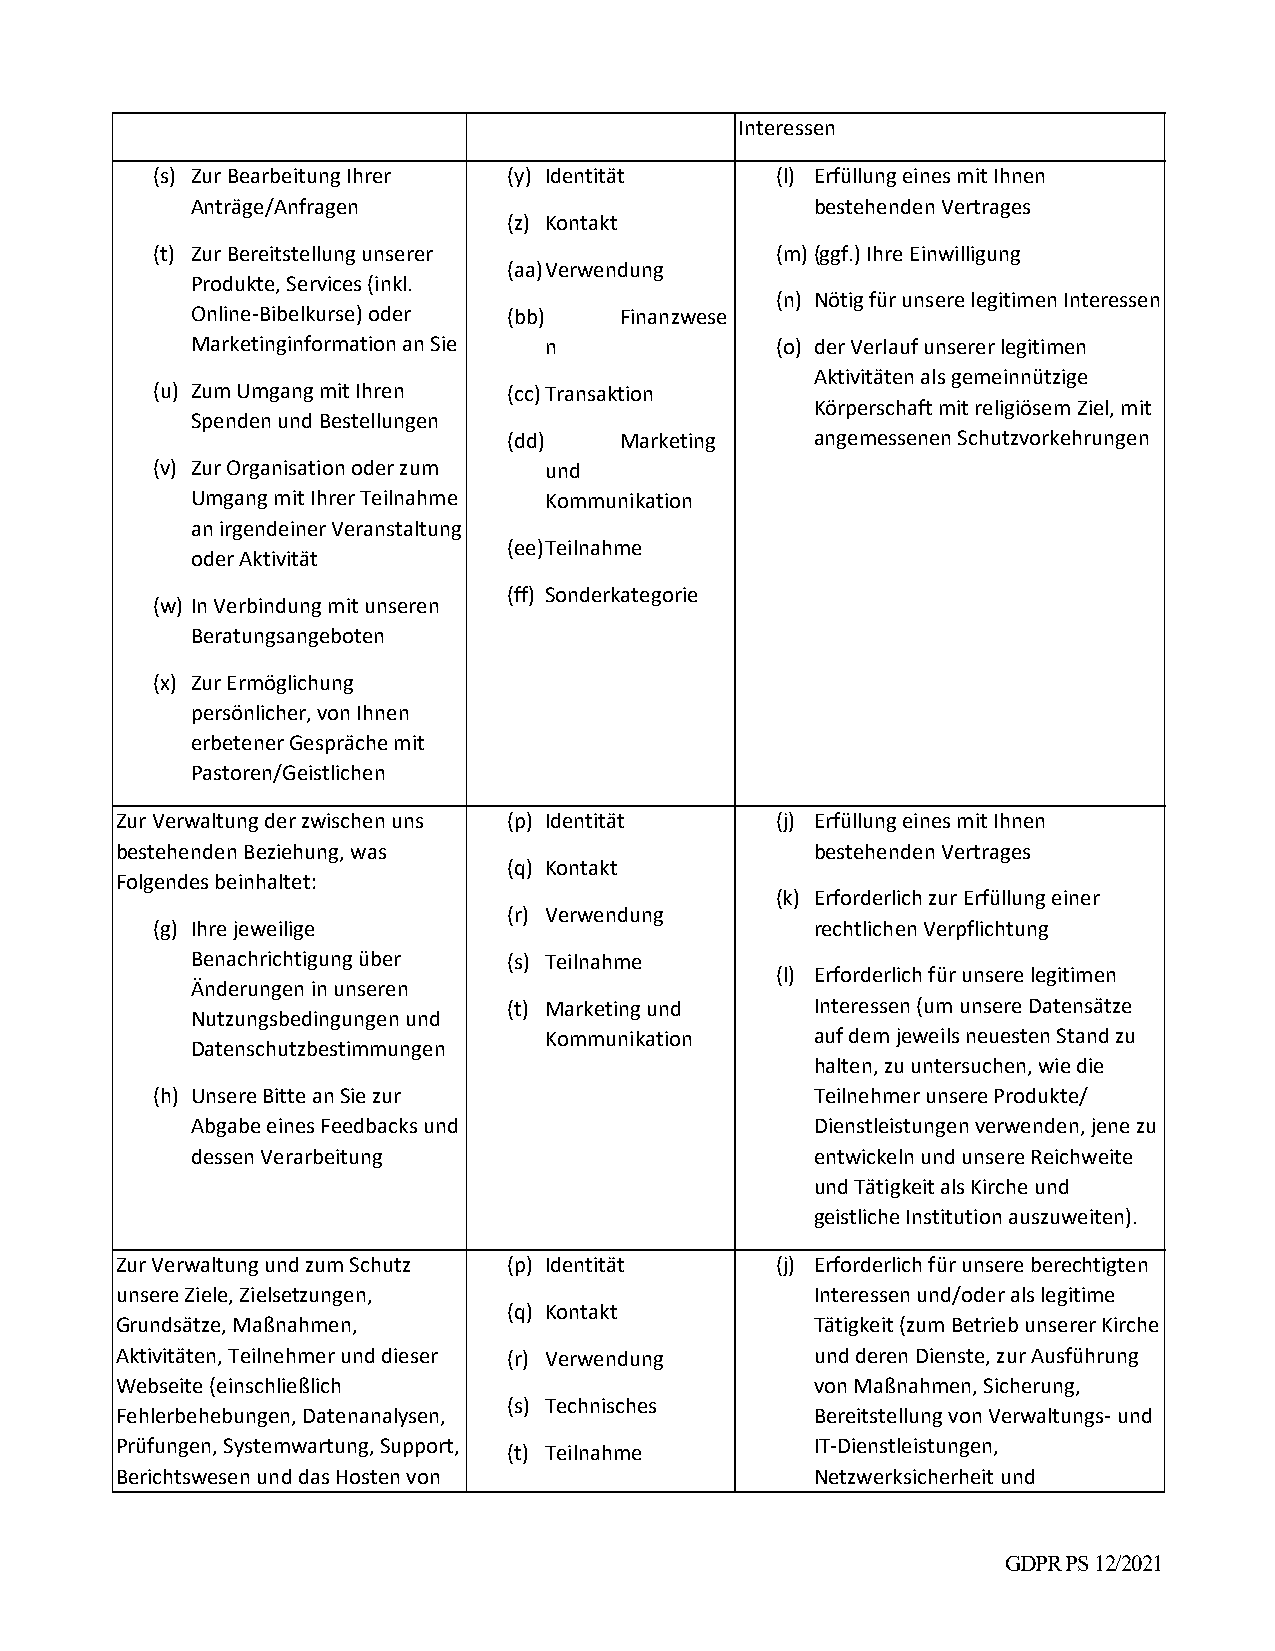
Interessen
 (s) Zur Bearbeitung Ihrer (y) Identität  (l) Erfüllung eines mit Ihnen
 Anträge/Anfragen                         bestehenden Vertrages
 (z) Kontakt
 (t) Zur Bereitstellung unserer           (m) (ggf.) Ihre Einwilligung
 (aa) Verwendung
 Produkte, Services (inkl.
 (n) Nötig für unsere legitimen Interessen
 Online‐Bibelkurse) oder (bb) Finanzwese
 Marketinginformation an Sie n         (o) der Verlauf unserer legitimen
 Aktivitäten als gemeinnützige
 (u) Zum Umgang mit Ihren (cc) Transaktion
 Körperschaft mit religiösem Ziel, mit
 Spenden und Bestellungen
 (dd)   Marketing    angemessenen Schutzvorkehrungen
 (v) Zur Organisation oder zum und
 Umgang mit Ihrer Teilnahme Kommunikation
 an irgendeiner Veranstaltung
 (ee) Teilnahme
 oder Aktivität
 (ff) Sonderkategorie
 (w) In Verbindung mit unseren
 Beratungsangeboten
 (x) Zur Ermöglichung
 persönlicher, von Ihnen
 erbetener Gespräche mit
 Pastoren/Geistlichen
 Zur Verwaltung der zwischen uns (p) Identität (j) Erfüllung eines mit Ihnen
 bestehenden Beziehung, was                    bestehenden Vertrages
 (q) Kontakt
 Folgendes beinhaltet:
 (k) Erforderlich zur Erfüllung einer
 (r) Verwendung
 (g) Ihre jeweilige                          rechtlichen Verpflichtung
 Benachrichtigung über (s) Teilnahme
 (l) Erforderlich für unsere legitimen
 Änderungen in unseren
 (t) Marketing und   Interessen (um unsere Datensätze
 Nutzungsbedingungen und
 Kommunikation     auf dem jeweils neuesten Stand zu
 Datenschutzbestimmungen
 halten, zu untersuchen, wie die
 (h) Unsere Bitte an Sie zur                 Teilnehmer unsere Produkte/
 Abgabe eines Feedbacks und               Dienstleistungen verwenden, jene zu
 dessen Verarbeitung                      entwickeln und unsere Reichweite
 und Tätigkeit als Kirche und
 geistliche Institution auszuweiten).
 Zur Verwaltung und zum Schutz (p) Identität (j) Erforderlich für unsere berechtigten
 unsere Ziele, Zielsetzungen,                  Interessen und/oder als legitime
 (q) Kontakt
 Grundsätze, Maßnahmen,                        Tätigkeit (zum Betrieb unserer Kirche
 Aktivitäten, Teilnehmer und dieser (r) Verwendung und deren Dienste, zur Ausführung
 Webseite (einschließlich                      von Maßnahmen, Sicherung,
 (s) Technisches
 Fehlerbehebungen, Datenanalysen,              Bereitstellung von Verwaltungs‐ und
 Prüfungen, Systemwartung, Support,
 (t) Teilnahme
 IT‐Dienstleistungen,
 Berichtswesen und das Hosten von              Netzwerksicherheit und
 GDPR PS 12/2021